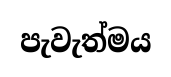
පැවැත්මය